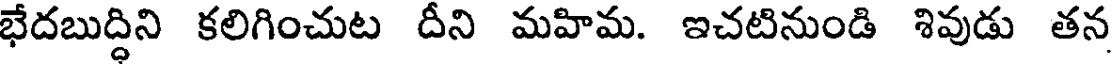
భేదబుద్ధిని కలిగించుట దీని మహిమ. ఇచటినుండి శివుడు తన